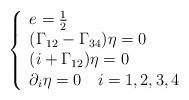
LaTeX: \begin{align*} \left\{\begin{array}{llll} e=\frac{1}{2} \\ (\Gamma_{12}-\Gamma_{34})\eta=0\\ (i+\Gamma_{12})\eta=0 \\ \partial_i\eta=0 \quad i=1,2,3,4\end{array} \right.\end{align*}